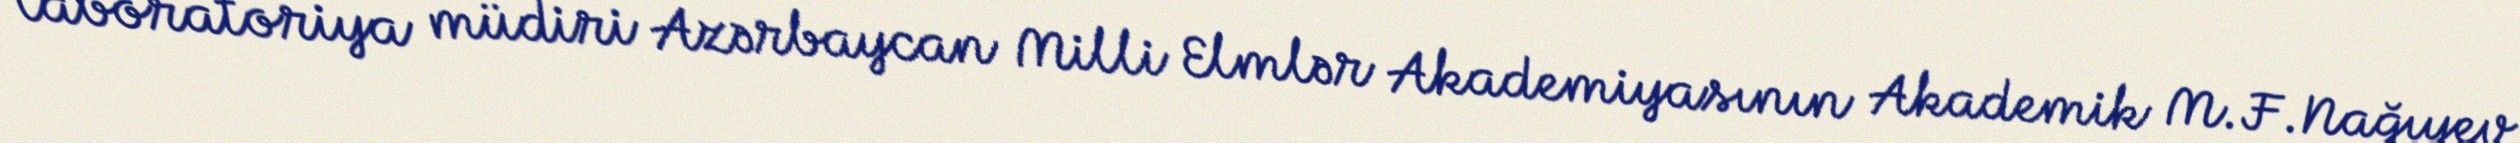
laboratoriya müdiri Azərbaycan Milli Elmlər Akademiyasının Akademik M.F.Nağıyev